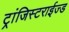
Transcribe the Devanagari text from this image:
ट्रांजिस्टराईज्ड